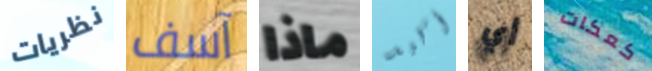
نظريات آسف ماذا أكيد أي كعكات